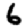
Digit: 6